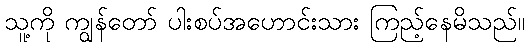
သူ့ကို ကျွန်တော် ပါးစပ်အဟောင်းသား ကြည့်နေမိသည်။